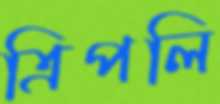
ত্রিপলি